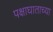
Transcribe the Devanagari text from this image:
पक्षाघाताच्या